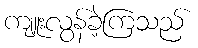
ကျူးလွန်ခဲ့ကြသည်